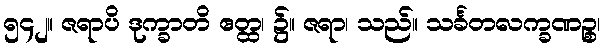
၅၄၂။ ဇရာပိ ဒုက္ခာတိ ဧတ္ထ၊ ၌။ ဇရာ၊ သည်။ သင်္ခတလက္ခဏဉ္စ၊